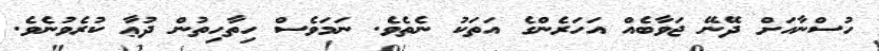
ހުސްނާއަށް ދޭނޭ ޖަވާބެއް އަހަރެންގެ އަތަކު ނެތެވެ. ނަމަވެސް ހިތާހިތުން ދުޢާ ކުރެވުނެވެ.